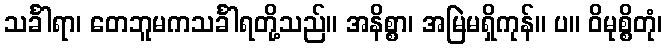
သင်္ခါရာ၊ တေဘူမကသင်္ခါရတို့သည်။ အနိစ္စာ၊ အမြဲမရှိကုန်။ ပ။ ဝိမုစ္စိတုံ၊